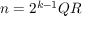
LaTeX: n = 2 ^ { k - 1 } Q R